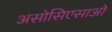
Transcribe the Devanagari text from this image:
असोसिएसाओ